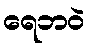
ရေဘဝဲ